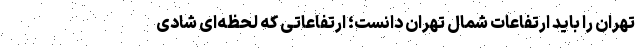
تهران را باید ارتفاعات شمال تهران دانست؛ ارتفاعاتی که لحظه‌ای شادی